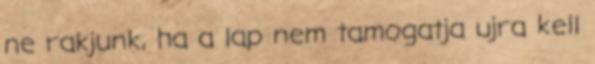
ne rakjunk, ha a lap nem tamogatja ujra kell